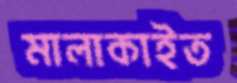
মালাকাইত